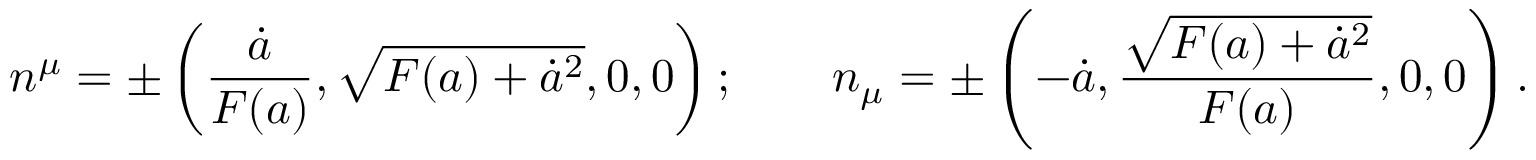
n ^ { \mu } = \pm \left( { \frac { \dot { a } } { F ( a ) } } , \sqrt { F ( a ) + \dot { a } ^ { 2 } } , 0 , 0 \right) ; \qquad n _ { \mu } = \pm \left( - \dot { a } , { \frac { \sqrt { F ( a ) + \dot { a } ^ { 2 } } } { F ( a ) } } , 0 , 0 \right) .